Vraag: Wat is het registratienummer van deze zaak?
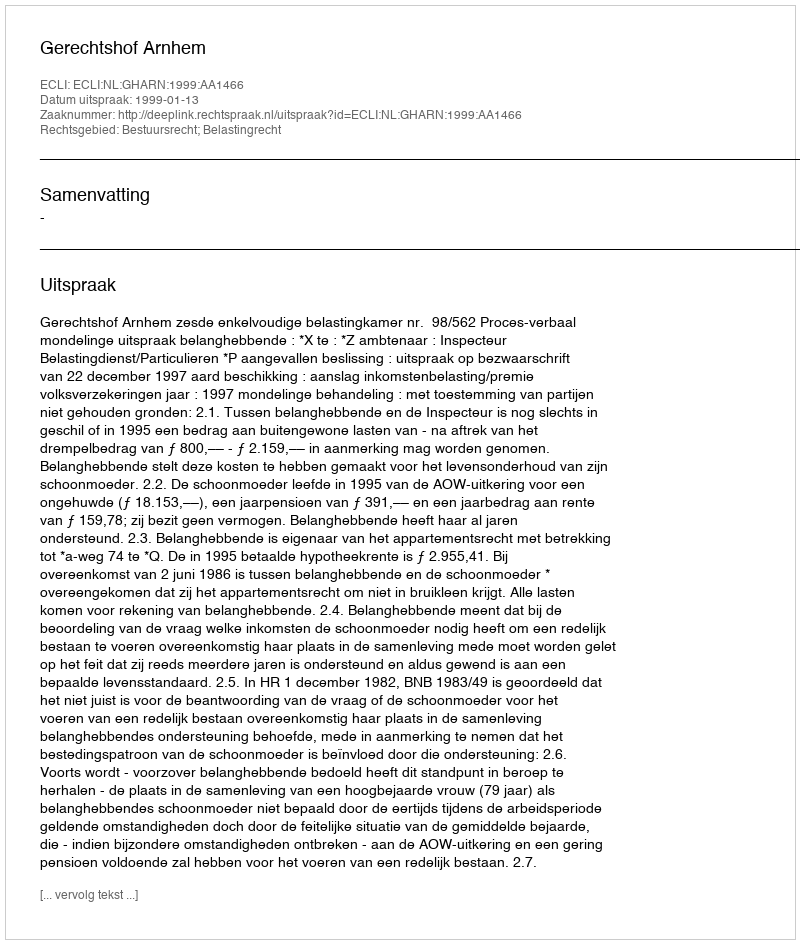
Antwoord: http://deeplink.rechtspraak.nl/uitspraak?id=ECLI:NL:GHARN:1999:AA1466